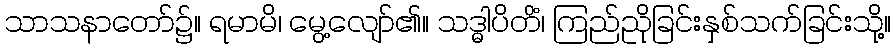
သာသနာတော်၌။ ရမာမိ၊ မွေ့လျော်၏။ သဒ္ဓါပိတိံ၊ ကြည်ညိုခြင်းနှစ်သက်ခြင်းသို့။